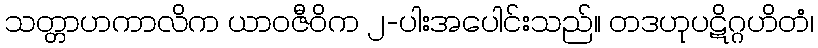
သတ္တာဟကာလိက ယာဝဇီဝိက ၂-ပါးအပေါင်းသည်။ တဒဟုပဋိဂ္ဂဟိတံ၊